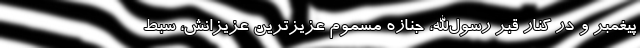
پیغمبر و در کنار قبر رسول‌الله، جنازه مسموم عزیزترین عزیزانش، سبط